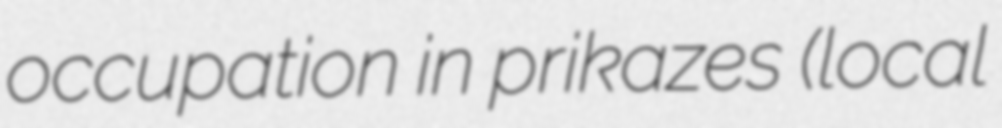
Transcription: occupation in prikazes (local